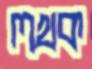
লখক